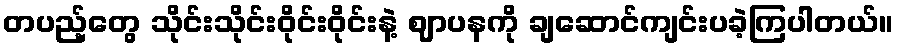
တပည့်တွေ သိုင်းသိုင်းဝိုင်းဝိုင်းနဲ့ ဈာပနကို ချဆောင်ကျင်းပခဲ့ကြပါတယ်။